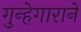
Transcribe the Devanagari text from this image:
गुन्हेगाराने